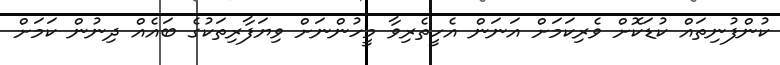
ކުންފުނިތައް ކުޑަކޮށް ވެރިކަމަށް އަނަން އެހީތެރިވާ މީހުންނަށް ވިޔަފާރިތަކުގެ ބައެއް ދިނުން ކަމަށް